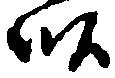
畝